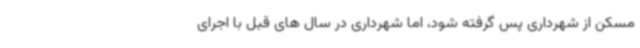
مسکن از شهرداری پس گرفته شود، اما شهرداری در سال های قبل با اجرای